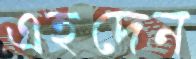
এহদেন